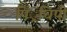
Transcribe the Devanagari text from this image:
पिं्रचिपी